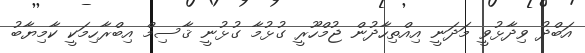
އަބްދު ވިދާޅުވީ މަދަނީ އިއްތިހާދުން ޖުމްހޫރީ ގުޅުމާ ގުޅުނީ ޤާސިމް އިބްރާހިމަކީ ކާމިޔާބު